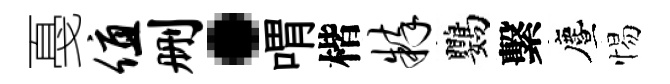
戞值删·喟楷粹鸚繫󵨌惕